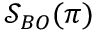
\mathcal { S } _ { B O } ( \pi )